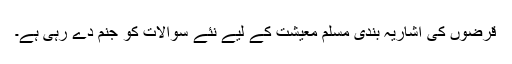
قرضوں کی اشاریہ بندی مسلم معیشت کے لیے نئے سوالات کو جنم دے رہی ہے۔